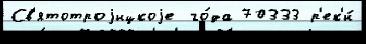
Св'ятотроjицкоjе го́да 70333 р'ек'и́